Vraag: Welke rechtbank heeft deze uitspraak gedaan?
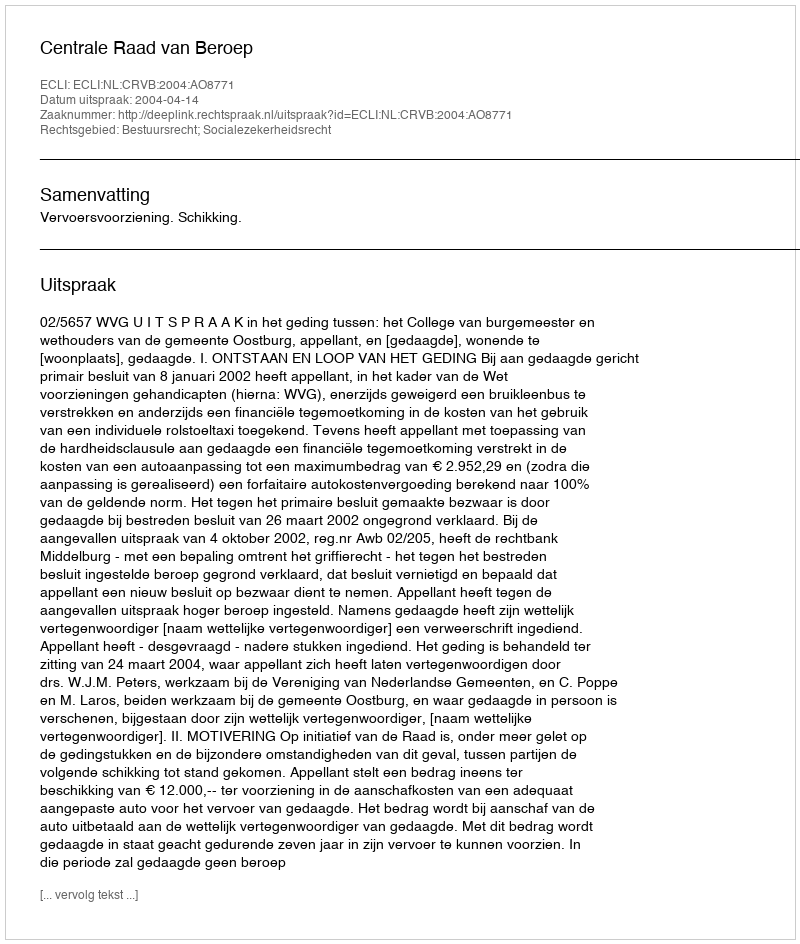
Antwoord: Centrale Raad van Beroep